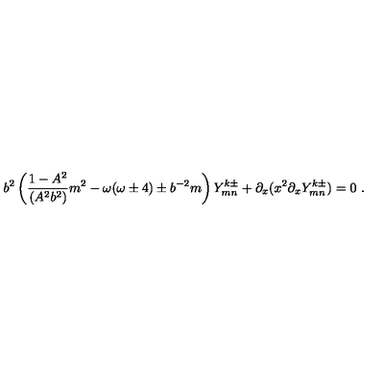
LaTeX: b ^ { 2 } \left( \frac { 1 - A ^ { 2 } } { ( A ^ { 2 } b ^ { 2 } ) } m ^ { 2 } - \omega ( \omega \pm 4 ) \pm b ^ { - 2 } m \right) Y _ { m n } ^ { k \pm } + \partial _ { x } ( x ^ { 2 } \partial _ { x } Y _ { m n } ^ { k \pm } ) = 0 \ .